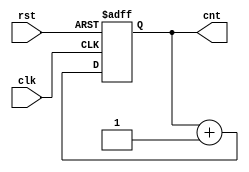
`timescale 1ns / 1ps
//////////////////////////////////////////////////////////////////////////////////
// Company: 
// Engineer: 
// 
// Design Name: 
// Module Name: LED_control
// Project Name: 
// Target Devices: 
// Tool Versions: 
// Description: 
// 
// Dependencies: 
// 
// Revision:
// Revision 0.01 - File Created
// Additional Comments:
// 
//////////////////////////////////////////////////////////////////////////////////
module counter8(clk, rst, cnt);
input clk, rst;
output reg [7:0] cnt;

always @(posedge clk or posedge rst) begin
if(rst) begin
cnt <= 8'b0000_0000;
end
else cnt <= cnt + 8'd1;
end
endmodule

module seg7_controller(clk, rst, bin, seg_data, seg_sel);
input clk, rst;
input [7:0] bin;

wire [11:0] bcd;
reg [3:0] display_bcd;

output reg [7:0] seg_data;
output reg [7:0] seg_sel;

bin2bcd b1(clk, rst, bin, bcd);

always @(posedge clk or posedge rst) begin
if(rst)seg_sel <= 8'b11111110;
else begin
seg_sel <= {seg_sel[6:0], seg_sel[7]};
end
end

always @(*) begin
case (display_bcd[3:0])
0 : seg_data = 8'b11111100;
1 : seg_data = 8'b01100000;
2 : seg_data = 8'b11011010;
3 : seg_data = 8'b11110010;
4 : seg_data = 8'b01100110;
5 : seg_data = 8'b10110110;
6 : seg_data = 8'b10111110;
7 : seg_data = 8'b11100000;
8 : seg_data = 8'b11111110;
9 : seg_data = 8'b11110110;
default : seg_data = 8'b00000000;
endcase
end
always @(*) begin
case(seg_sel)
8'b11111110 : display_bcd = bcd[3:0];
8'b11111101 : display_bcd = bcd[7:4];
8'b11111011 : display_bcd = bcd[11:8];
8'b11110111 : display_bcd = 4'b0000;
8'b11101111 : display_bcd = 4'b0000;
8'b11011111 : display_bcd = 4'b0000;
8'b10111111 : display_bcd = 4'b0000;
8'b01111111 : display_bcd = 4'b0000;
default : display_bcd = 4'b0000;
endcase
end
endmodule

module bin2bcd(clk, rst, bin, bcd_out);
input clk, rst;
input [7:0] bin;
reg [11:0] bcd;
output reg [11:0] bcd_out;

reg [2:0] i;

always @(posedge rst or posedge clk) begin
if(rst) begin
bcd <= {4'd0, 4'd0, 4'd0};
i <= 0;
end
else begin
if(i==0) begin
bcd[11:1] <= 11'b0000_0000_000;
bcd[0] <= bin[7];
end
else begin
bcd[11:9] <= (bcd[11:8] >=3'd5) ? bcd[11:8]+2'd3 : bcd[11:8];
bcd[8:5] <= (bcd[7:4] >=3'd5) ? bcd[7:4]+2'd3 : bcd[7:4];
bcd[4:1] <= (bcd[3:0] >=3'd5) ? bcd[3:0]+2'd3 : bcd[3:0];
bcd[0] <= bin[7-i];
end
i <= i+1;
end
end
always @(posedge rst or posedge clk) begin
if(rst) bcd_out <= {4'd0, 4'd0, 4'd0};
else if(i==0) bcd_out <= bcd;
end
endmodule



module LED_control(clk, rst, bin, seg_data, seg_sel, led_signal);

input clk, rst;
input [7:0] bin;

wire [7:0] cnt;

output [7:0] seg_data;
output [7:0] seg_sel;
output reg led_signal;

counter8 c1(clk, rst, cnt);
seg7_controller s1(clk, rst, bin, seg_data, seg_sel);

always @(posedge clk or posedge rst) begin
if(rst) led_signal <=0;
else begin
if(cnt<=bin) led_signal <= 1;
else if(cnt>bin) led_signal <= 0;
end
end

endmodule